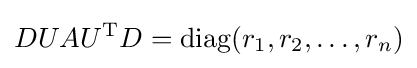
DUAU^{\mathrm {T} }D=\operatorname {diag} (r_{1},r_{2},\dots ,r_{n})